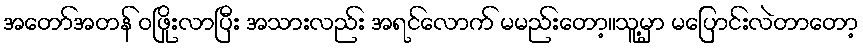
အတော်အတန် ဝဖြိုးလာပြီး အသားလည်း အရင်လောက် မမည်းတော့။သူ့မှာ မပြောင်းလဲတာတော့